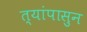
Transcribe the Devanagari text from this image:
त्यांपासुन